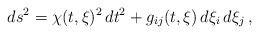
LaTeX: \begin{align*}ds^2=\chi(t,\xi)^2\, dt^2+ g_{ij}(t,\xi)\, d\xi_i \, d\xi_j\,,\end{align*}